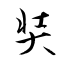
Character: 奘